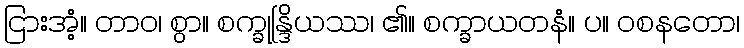
ငြားအံ့။ တာဝ၊ စွာ။ စက္ခုန္ဒြိယဿ၊ ၏။ စက္ခာယတနံ။ ပ။ ဝစနတော၊